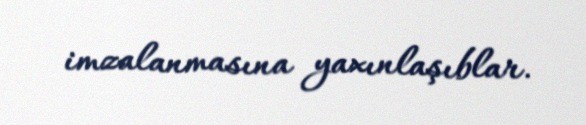
imzalanmasına yaxınlaşıblar.